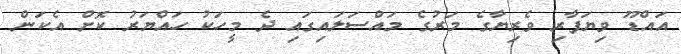
އައްޑޫ ވިޔަފާރި ވެރިޔާގެ މަރުގެ މައްސަލައިގައި ދެ މީހަކު ހައްޔަރު ކޮށް އެކަން